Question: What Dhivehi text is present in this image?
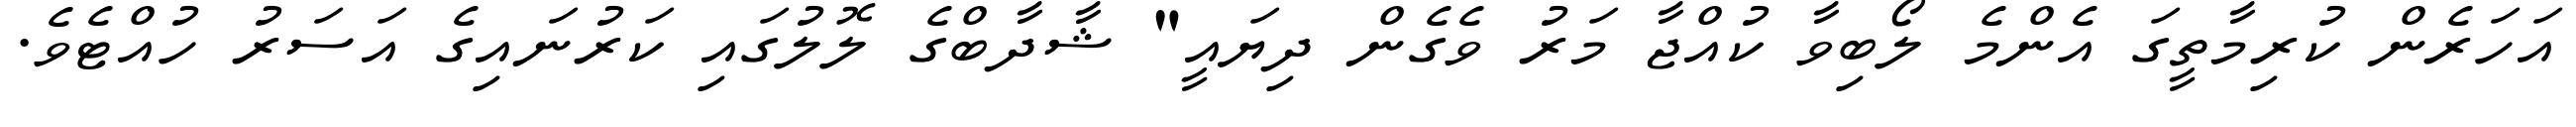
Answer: އަހަރެން ކުރިމާތީގަ އެންމެ ލޯބިވާ ކުއްޖާ މަރު ވެގެން ދިޔައީ" ޝާދާބްގެ ލޮލުގައި ކަރުނައިގެ އަސަރު ހުއްޓެވެ.